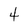
Character: 4